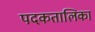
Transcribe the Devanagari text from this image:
पदकतालिका